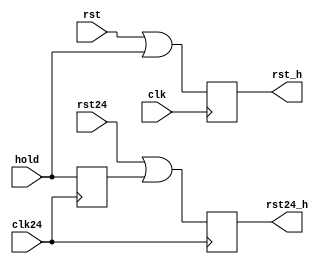
/*  This file is part of JTFRAME.
    JTFRAME program is free software: you can redistribute it and/or modify
    it under the terms of the GNU General Public License as published by
    the Free Software Foundation, either version 3 of the License, or
    (at your option) any later version.

    JTFRAME program is distributed in the hope that it will be useful,
    but WITHOUT ANY WARRANTY; without even the implied warranty of
    MERCHANTABILITY or FITNESS FOR A PARTICULAR PURPOSE.  See the
    GNU General Public License for more details.

    You should have received a copy of the GNU General Public License
    along with JTFRAME.  If not, see <http://www.gnu.org/licenses/>.

    Author: Jose Tejada Gomez. Twitter: @topapate
    Version: 1.0
    Date: 1-2-2024 */

module jtframe_rsthold(
    input      rst,
    input      clk,
    input      hold,
    output reg rst_h,
    input      rst24,
    input      clk24,
    output reg rst24_h
`ifdef JTFRAME_CLK48 ,
    input      rst48,
    input      clk48,
    output reg rst48_h
`endif    
);

always @(negedge clk)   rst_h   <= rst   || hold;

reg hold24;
always @(posedge clk24) hold24  <= hold;
always @(negedge clk24) rst24_h <= rst24 || hold24;
`ifdef JTFRAME_CLK48
reg hold48;
always @(posedge clk48) hold48  <= hold;
always @(negedge clk48) rst48_h <= rst48 || hold48; `endif

endmodule